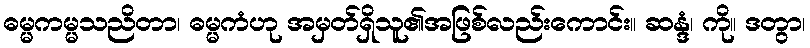
ဓမ္မကမ္မသညိတာ၊ ဓမ္မကံဟု အမှတ်ရှိသူ၏အဖြစ်လည်းကောင်း။ ဆန္ဒံ၊ ကို။ ဒတွာ၊